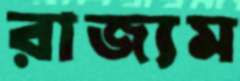
রাজ্যম